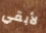
لأبقي